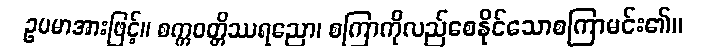
ဥပမာအားဖြင့်။ စက္ကဝတ္တိဿရညော၊ စကြာကိုလည်စေနိုင်သောစကြာမင်း၏။